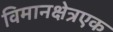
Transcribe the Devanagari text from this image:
विमानक्षेत्रएक